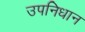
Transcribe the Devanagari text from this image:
उपनिधान